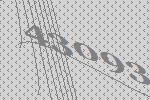
43093